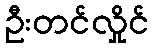
ဦးတင်လှိုင်